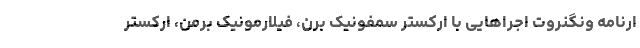
ارنامه ونگنروت اجراهایی با ارکستر سمفونیک برن، فیلارمونیک برمن، ارکستر